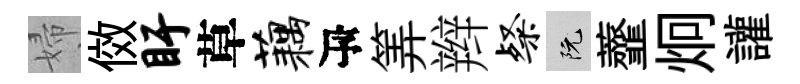
婦傚盱草藕瓴筭辫粲阮虀炯讙